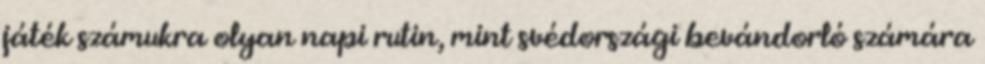
játék számukra olyan napi rutin, mint svédországi bevándorló számára